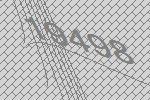
19498